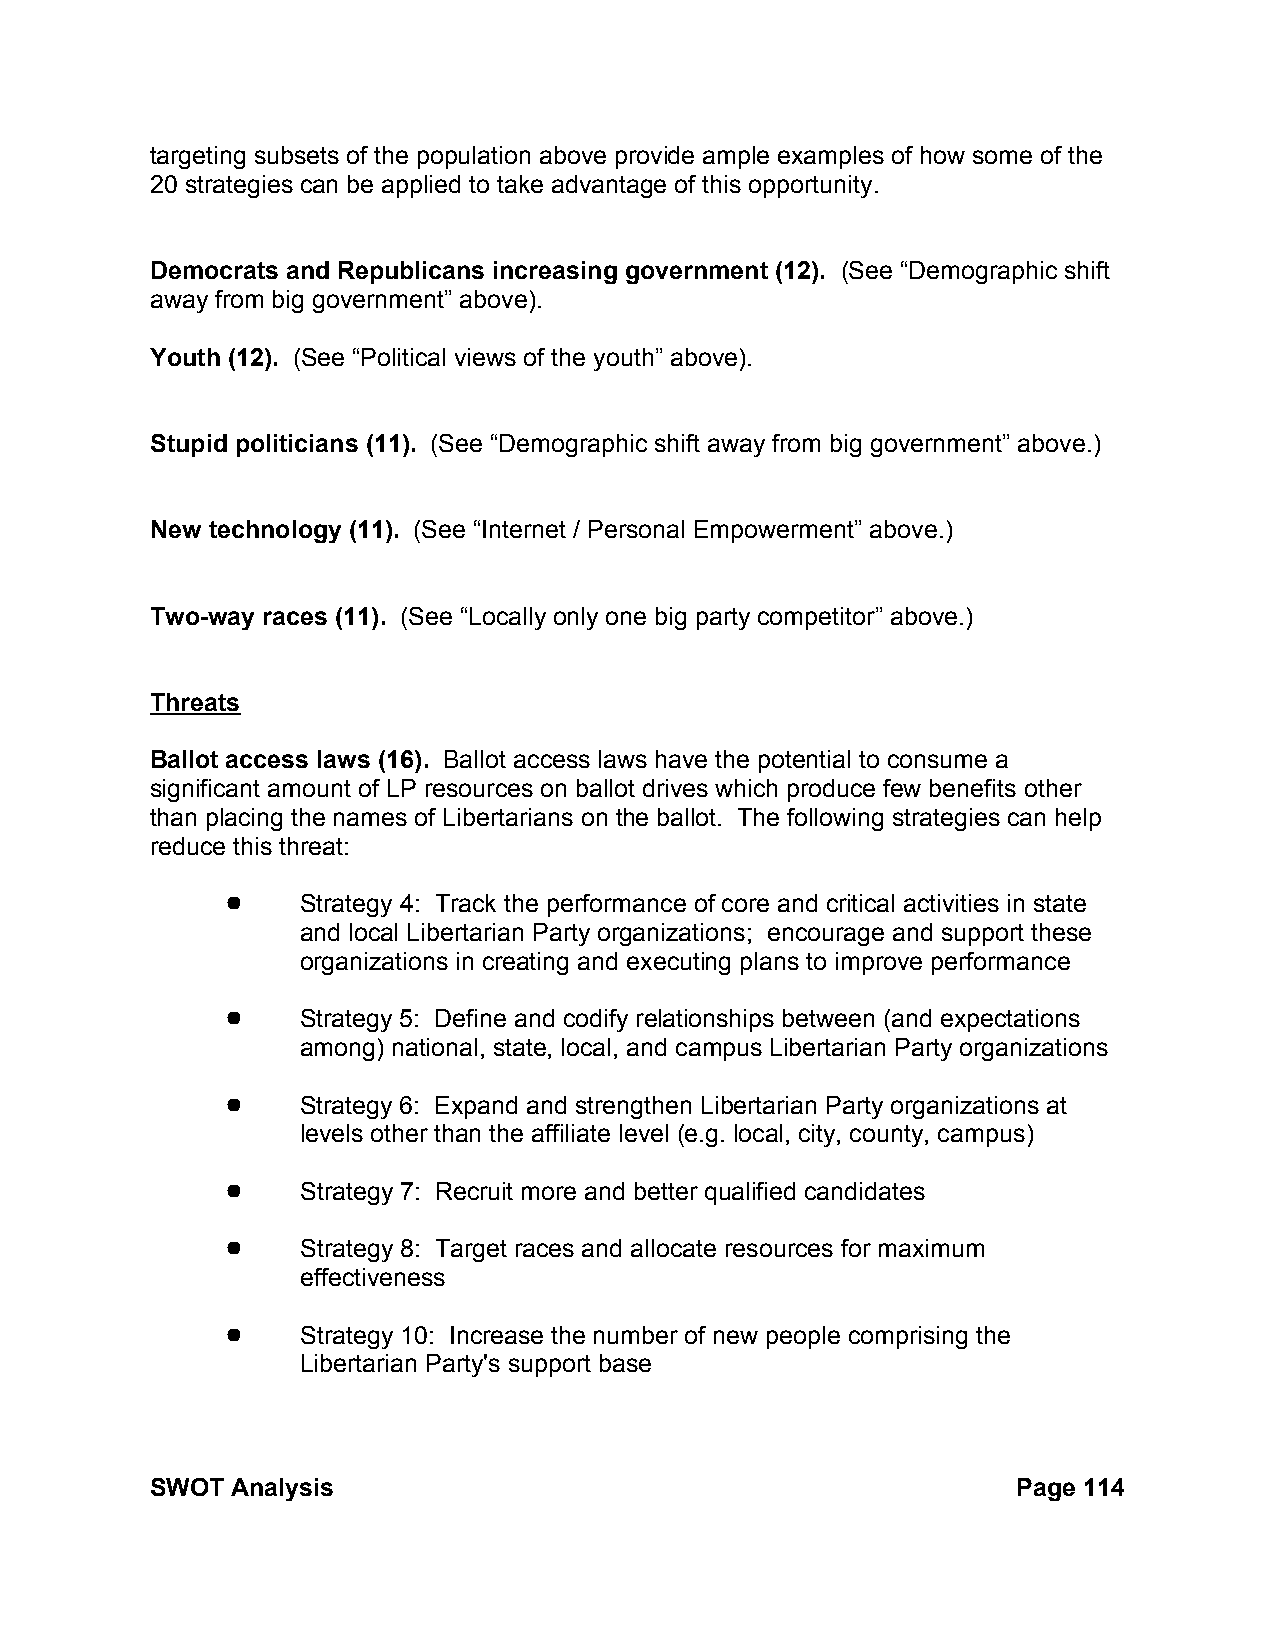
targeting subsets of the population above provide ample examples of how some of the
 20 strategies can be applied to take advantage of this opportunity.
 Democrats and Republicans increasing government (12). (See “Demographic shift
 away from big government” above).
 Youth (12). (See “Political views of the youth” above).
 Stupid politicians (11). (See “Demographic shift away from big government” above.)
 New technology (11). (See “Internet / Personal Empowerment” above.)
 Two-way races (11). (See “Locally only one big party competitor” above.)
 Threats
 Ballot access laws (16). Ballot access laws have the potential to consume a
 significant amount of LP resources on ballot drives which produce few benefits other
 than placing the names of Libertarians on the ballot. The following strategies can help
 reduce this threat:
 !    Strategy 4: Track the performance of core and critical activities in state
 and local Libertarian Party organizations; encourage and support these
 organizations in creating and executing plans to improve performance
 !    Strategy 5: Define and codify relationships between (and expectations
 among) national, state, local, and campus Libertarian Party organizations
 !    Strategy 6: Expand and strengthen Libertarian Party organizations at
 levels other than the affiliate level (e.g. local, city, county, campus)
 !    Strategy 7: Recruit more and better qualified candidates
 !    Strategy 8: Target races and allocate resources for maximum
 effectiveness
 !    Strategy 10: Increase the number of new people comprising the
 Libertarian Party's support base
 SWOT Analysis                                            Page 114